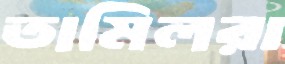
তামিলরা